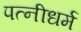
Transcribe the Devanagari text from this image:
पत्‍नीधर्म